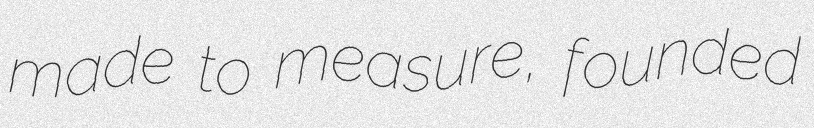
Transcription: made to measure, founded